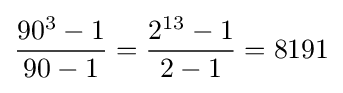
{\frac {90^{3}-1}{90-1}}={\frac {2^{13}-1}{2-1}}=8191